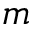
m